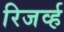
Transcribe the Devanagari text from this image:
रिजर्व्ह